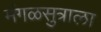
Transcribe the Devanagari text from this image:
मंगळसुत्राला